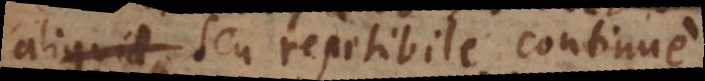
aliquid seu repetibile continue.